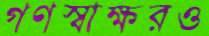
গণস্বাক্ষরও